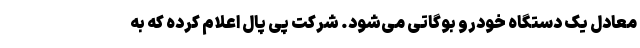
معادل یک دستگاه خودرو بوگاتی می‌شود. شرکت پی پال اعلام کرده که به